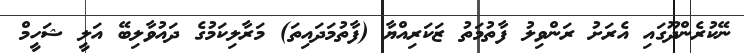
ނޭކުރެންދޫގައި އެރަށު ރަންވިލު ފާތުމަތު ޒަކަރިއްޔާ (ފާތުމަދައިތަ) މަރާލިކަމުގެ ދައުވާލިބޭ އަލީ ޝަހީމް